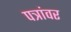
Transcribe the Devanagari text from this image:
पत्रांवर